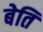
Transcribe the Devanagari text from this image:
बेति